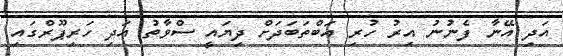
އަދި އޭނާ ފެނުނު އިރު ހުރި އަބްތަބަދަށް ދިޔައީ ސްވާތު އަދި ހަރިޕޫރްގައި